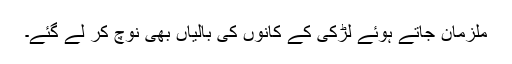
ملزمان جاتے ہوئے لڑکی کے کانوں کی بالیاں بھی نوچ کر لے گئے۔